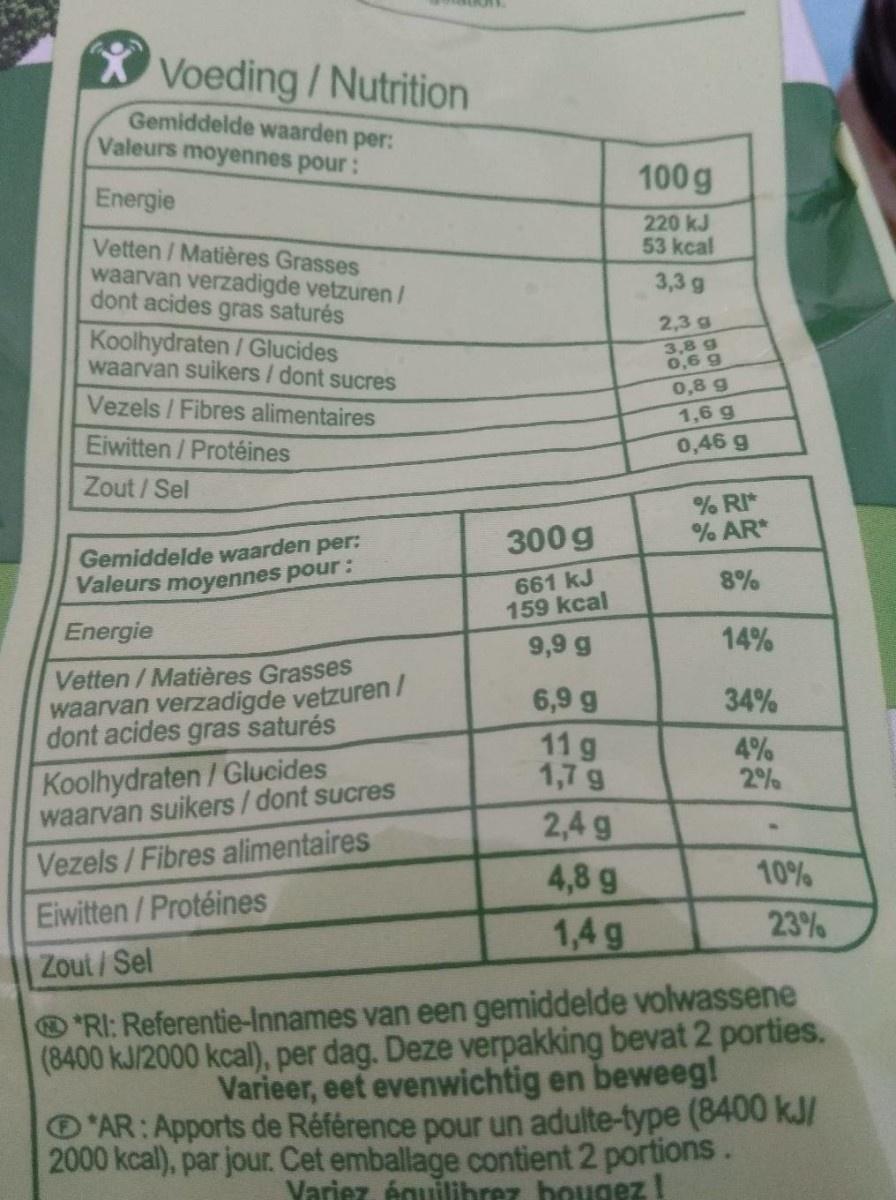
Voeding/Nutrition Gemiddelde waarden per: Valeurs moyennes pour:
100 g
Energie
220 kJ 53 kcal
Vetten / Matières Grasses waarvan verzadigde vetzuren/ dont acides gras saturés
3,3 g
2,3 g
Koolhydraten / Glucides waarvan suikers / dont sucres
3,8g 0,6 g
0,8 g
Vezels / Fibres alimentaires
1,6 g
Eiwitten / Protéines
0,46 g
Zout / Sel
% RI* % AR*
300 g
Gemiddelde waarden per: Valeurs moyennes pour:
661 kJ 159 kcal
8%
Energie
9,9 g
14%
Vetten / Matières Grasses waarvan verzadigde vetzuren/ dont acides gras saturés
6,9 g
34%
Koolhydraten/ Glucides waarvan suikers/dont sucres
11 g 1,7 g
4% 2%
2,4 g
Vezels /Fibres alimentaires Eiwitten / Protéines
4,8 g
10%
1,4 g
23%
Zout/Sel
RI: Referentie-Innames van een gemiddelde volwassene (8400 kJ/2000 kcal), per dag. Deze verpakking bevat 2 porties. Varieer, eet evenwichtig en beweeg! O'AR: Apports de Référence pour un adulte-type (8400 kJ/ 2000 kcal), par jour. Cet emballage contient 2 portions. Variez, équilibrez hougez!